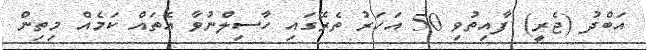
އަބްދު (ޖެރީ) ފާއިތުވި 50 އަހަރު ތެރޭގައި ހާސިލްނުވާ އެތައް ކަމެއް މިތިން